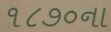
૧૮૭૦ના